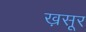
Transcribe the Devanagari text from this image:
ख़सूर